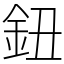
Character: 鈕